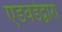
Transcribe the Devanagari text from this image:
एडवर्डद्वारा